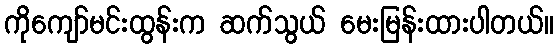
ကိုကျော်မင်းထွန်းက ဆက်သွယ် မေးမြန်းထားပါတယ်။